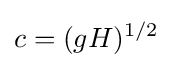
c=(gH)^{1/2}